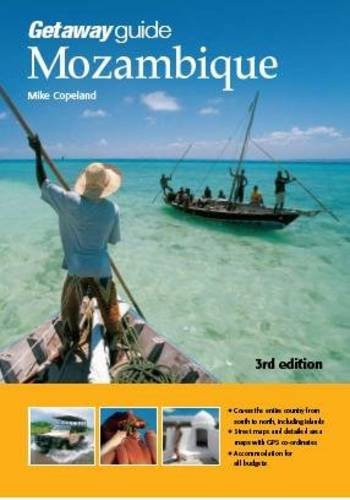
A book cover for Getaway Guide to Mozambique; Mike Copeland; Travel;